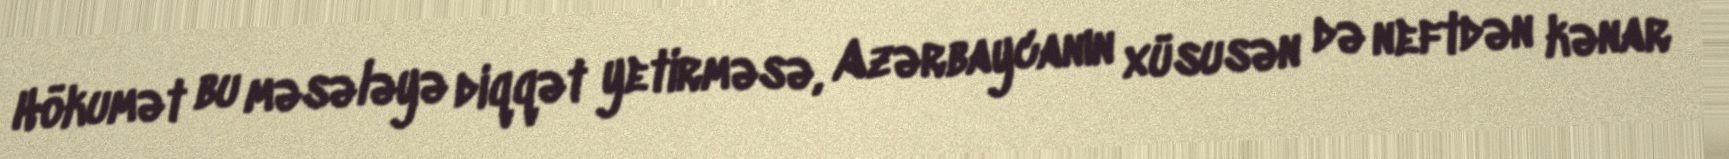
Hökumət bu məsələyə diqqət yetirməsə, Azərbaycanın xüsusən də neftdən kənar